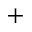
^ +